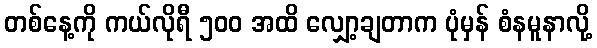
တစ်နေ့ကို ကယ်လိုရီ ၅၀၀ အထိ လျှော့ချတာက ပုံမှန် စံနမူနာလို့